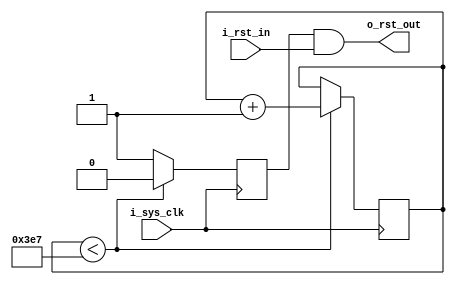
//////////////////////////////////////////////////////////////////////////////////
// Company: 
// 
// Design Name: 
// Module Name: RST
// Project Name: 
// Target Devices: 
// Tool Versions: 
// Description: 
// 
// Dependencies: 
// 
// Revision:
// Revision 0.01 - File Created
// Additional Comments:
// 
//////////////////////////////////////////////////////////////////////////////////


//
module start_rst_module
#(
    parameter                           RST_TIME_CNT = 'd1_000      
)
(
    input                               i_sys_clk                  ,
    input                               i_rst_in                   ,
	
    output                              o_rst_out                   
);
reg                    [  15:0]         cnt='d0                    ;
reg                                     auto_rst_n                 ;

assign    o_rst_out = auto_rst_n & i_rst_in;

always@(posedge i_sys_clk)begin
    if(cnt<RST_TIME_CNT-'d1)begin
        cnt<=cnt+'d1;
        auto_rst_n<='d0;
    end
    else begin
        cnt<=cnt;
        auto_rst_n<=1'd1;
    end
end

endmodule
/*

//
start_rst_module
    start_rst
(
    .i_sys_clk                         (                          ),//
    .i_rst_in                          (                          ),//
	
    .o_rst_out                         (                          ) //
);

*/

//
module    reset_sync_module(
    input                               i_sys_clk                  ,//
    input                               i_rst_n                    ,//
    output                              o_sync_rst                  //
);

(* ASYNC_REG = "TRUE" *)
reg                                     r_rst1,r_rst2              ;

assign    o_sync_rst = r_rst2;

always@(posedge i_sys_clk or negedge i_rst_n)begin
    if(!i_rst_n)begin
        r_rst1    <=    'd0;
        r_rst2    <=    'd0;
    end else begin
        r_rst1    <=    i_rst_n;
        r_rst2    <=    r_rst1;
    end
end

endmodule
/*

//
reset_sync_module rst_sync(
    .i_sys_clk                         (                          ),//
    .i_rst_n                           (                          ),//
    .o_sync_rst                        (                          ) //
);

*/

//bit
module    slow2fast_sync_module(
    input                               i_signal                   ,//
    input                               i_clk_fast                 ,//
    output                              o_signal                    //
);

(* ASYNC_REG = "TRUE" *)
reg                                     r_s1,r_s2                  ;

assign    o_signal    =    r_s2;

always@(posedge i_clk_fast)begin
    r_s1    <=    i_signal;
    r_s2    <=    r_s1;
end

endmodule
/*

//bit
slow2fast_sync_module s2f_sync(
    .i_signal                          (                          ),//
    .i_clk_fast                        (                          ),//
    .o_signal                          (                          ) //
);

*/

//bit
module    fast2slow_sync_module(
    input                               i_clk_fast                 ,//
    input                               i_signal                   ,//
    input                               i_clk_slow                 ,//
    output                              o_signal                    //
);
wire                                    r_pos                      ;
(* ASYNC_REG = "TRUE" *)
reg                                     r_d1,r_d2                  ;

assign    r_pos = i_signal|r_d1|r_d2;

always@(posedge i_clk_fast)begin
    r_d1    <=    i_signal;
    r_d2    <=    r_d1;
end

(* ASYNC_REG = "TRUE" *)
reg                                     r_p1,r_p2                  ;

assign    o_signal = r_p2;

always@(posedge i_clk_slow)begin
    r_p1    <=    i_signal;
    r_p2    <=    r_p1;
end

endmodule

//
module    beat_it_twice(
    input                               i_sys_clk                  ,
    input                               i_signal                   ,
    output                              o_signal_delay2             
);

(* ASYNC_REG = "TRUE" *)
reg                                     r_rst1,r_rst2              ;

assign    o_signal_delay2 = r_rst2;

always@(posedge i_sys_clk)begin
    r_rst1    <=    i_signal;
    r_rst2    <=    r_rst1;
end

endmodule